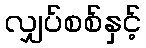
လျှပ်စစ်နှင့်